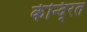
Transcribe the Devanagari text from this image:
केन्दि्रत